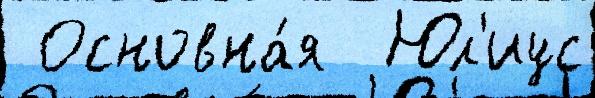
 Основна́я  Юл'иус